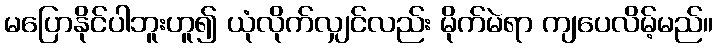
မပြောနိုင်ပါဘူးဟူ၍ ယုံလိုက်လျှင်လည်း မိုက်မဲရာ ကျပေလိမ့်မည်။